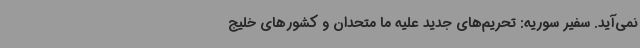
نمی‌آید. سفیر سوریه: تحریم‌های جدید علیه ما متحدان و کشورهای خلیج